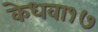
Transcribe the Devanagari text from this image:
केधवा१७